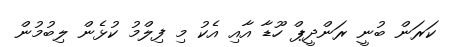
ކަރަން ބުނީ ރަންދީޕް ހޫޑާ އާއި އެކު މި ފިލްމު ކުޅެން ލިބުމުން